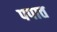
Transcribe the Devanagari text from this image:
पपात